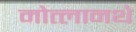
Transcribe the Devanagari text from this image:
मोत्लानथे